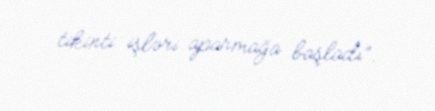
tikinti işləri aparmağa başladı”.